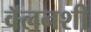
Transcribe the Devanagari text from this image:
वॅलनशी